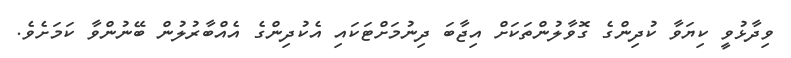
ވިދާޅުވީ ކިޔަވާ ކުދިންގެ ގޮވާލުންތަކަށް އިޖާބަ ދިނުމަށްޓަކައި އެކުދިންގެ އެއްބާރުލުން ބޭނުންވާ ކަމަށެވެ.